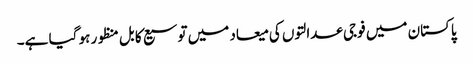
پاکستان میں فوجی عدالتوں کی میعاد میں توسیع کا بل منظور ہو گیا ہے۔